Report of an investigation into the causes of the diseases known in Assam as Kála-Azár and Beri-Beri
Disease focus: Beri-Beri
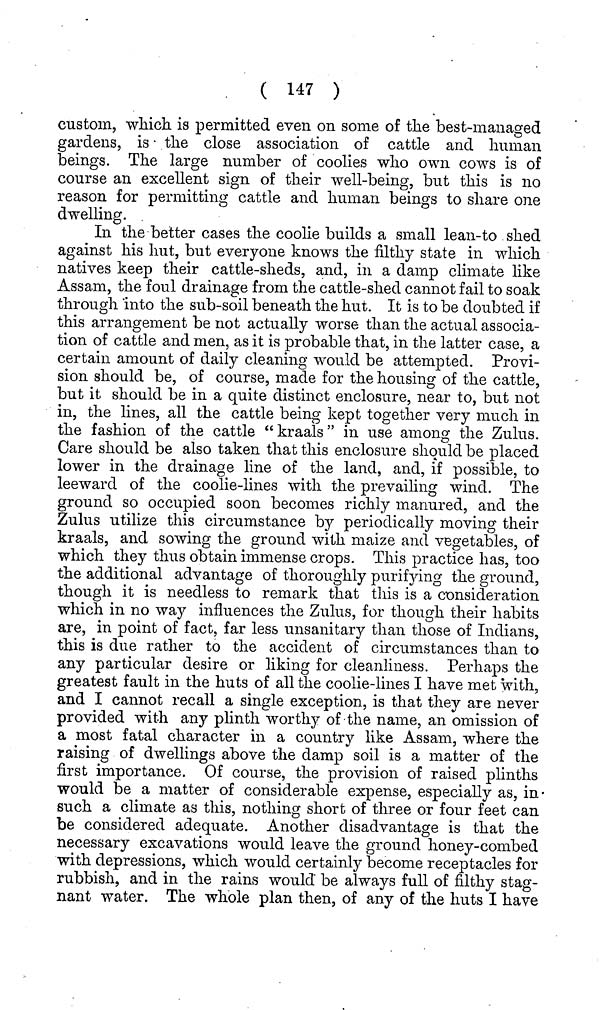
( 147 )
custom, which, is permitted even on some of the best-managed
gardens, is the close association of cattle and human
beings. The large number of coolies who own cows is of
course an excellent sign of their well-being, but this is no
reason for permitting cattle and human beings to share one
dwelling.
In the better cases the coolie builds a small lean-to shed
against his hut, but everyone knows the filthy state in which
natives keep their cattle-sheds, and, in a damp climate like
Assam, the foul drainage from the cattle-shed cannot fail to soak
through into the sub-soil beneath the hut. It is to be doubted if
this arrangement be not actually worse than the actual associa-
tion of cattle and men, as it is probable that, in the latter case, a
certain amount of daily cleaning would be attempted. Provi-
sion should be, of course, made for the housing of the cattle,
but it should be in a quite distinct enclosure, near to, but not
in, the lines, all the cattle being kept together very much in
the fashion of the cattle "kraals" in use among the Zulus.
Care should be also taken that this enclosure should be placed
lower in the drainage line of the land, and, if possible, to
leeward of the coolie-lines with the prevailing wind. The
ground so occupied soon becomes richly manured, and the
Zulus utilize this circumstance by periodically moving their
kraals, and sowing the ground with maize and vegetables, of
which they thus obtain immense crops. This practice has, too
the additional advantage of thoroughly purifying the ground,
though it is needless to remark that this is a consideration
which in no way influences the Zulus, for though their habits
are, in point of fact, far less unsanitary than those of Indians,
this is due rather to the accident of circumstances than to
any particular desire or liking for cleanliness. Perhaps the
greatest fault in the huts of all the coolie-lines I have met with,
and I cannot recall a single exception, is that they are never
provided with any plinth worthy of the name, an omission of
a most fatal character in a country like Assam, where the
raising of dwellings above the damp soil is a matter of the
first importance. Of course, the provision of raised plinths
would be a matter of considerable expense, especially as, in
such a climate as this, nothing short of three or four feet can
be considered adequate. Another disadvantage is that the
necessary excavations would leave the ground honey-combed
with depressions, which would certainly become receptacles for
rubbish, and in the rains would be always full of filthy stag-
nant water. The whole plan then, of any of the huts I have